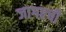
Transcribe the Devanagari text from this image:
जागएची